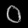
Digit: ၀